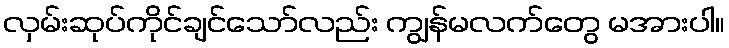
လှမ်းဆုပ်ကိုင်ချင်သော်လည်း ကျွန်မလက်တွေ မအားပါ။